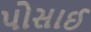
પોસાઈ